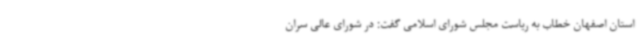
استان اصفهان خطاب به ریاست مجلس شورای اسلامی گفت: در شورای عالی سران